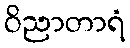
ဝိညာတာရံ